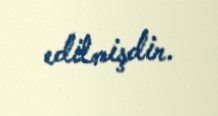
edilmişdir.